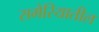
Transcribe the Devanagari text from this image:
समेरियातील